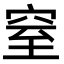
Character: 窒